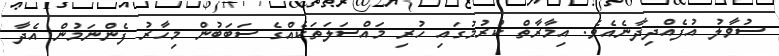
ސުވާލު އުފެއްދިދާނެއެވެ. އިމާރާތް ކުރުމުގައި ހުރި މައްސަލަތަކެއްގެ ސަބަބުން މިހާރު ފެންނަމުން އެދާ